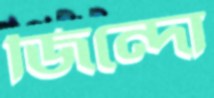
জিন্দো